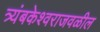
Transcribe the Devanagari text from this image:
त्र्यंबकेश्वराजवळील